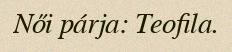
Női párja: Teofila.